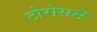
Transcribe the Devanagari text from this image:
टोरोसमें